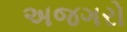
અજગરો